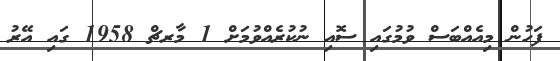
ފަހުން މިއެއްބަސް ވުމުގައި ސޮއި ނުކުރެއްވުމަށް 1 މާރޗް 1958 ގައި އޭރު